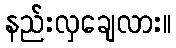
နည်းလှချေလား။